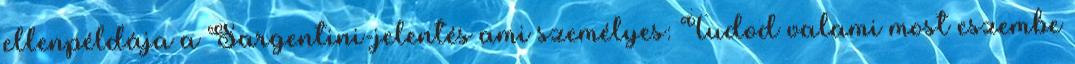
ellenpéldája a Sargentini-jelentés ami személyes: Tudod valami most eszembe